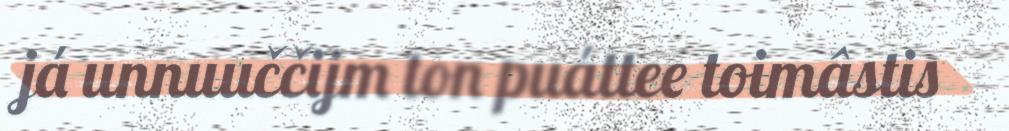
já unnuuččijm ton puáttee toimâstis